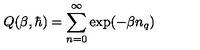
Q ( \beta , \hbar ) = \sum _ { n = 0 } ^ { \infty } \exp ( - \beta n _ { q } )